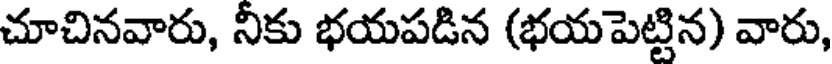
చూచినవారు, నీకు భయపడిన (భయపెట్టిన) వారు,